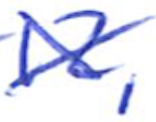
Text: 12,
Cross-out: cross
Writing tool: ballpoint